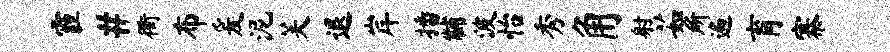
霾#衢布爰泥芙退岸播黼波怡秀角射茹所遍育寨